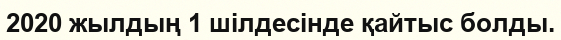
2020 жылдың 1 шілдесінде қайтыс болды.